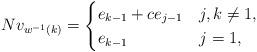
LaTeX: \begin{align*}Nv_{w^{-1}(k)}=\begin{cases}e_{k-1} + ce_{j-1} & j,k\neq 1, \\e_{k-1} & j=1,\;\end{cases}\end{align*}